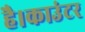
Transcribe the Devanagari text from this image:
है।काउंटर